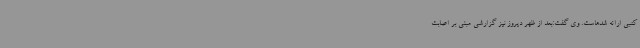
کتبی ارائه شدهاست. وی گفت:بعد از ظهر دیروز نیز گزارشی مبنی بر اصابت